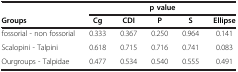
|  | <COLSPAN=5> p value |
 | Groups | Cg | CDI | P | S | Ellipse |
 | --- | --- | --- | --- | --- | --- |
 | fossorial - non fossorial | 0.333 | 0.367 | 0.250 | 0.964 | 0.141 |
 | Scalopini - Talpini | 0.618 | 0.715 | 0.716 | 0.741 | 0.083 |
 | Ourgroups - Talpidae | 0.477 | 0.534 | 0.540 | 0.555 | 0.491 |